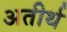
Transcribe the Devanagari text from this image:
अतीर्थ